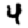
Digit: 4